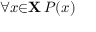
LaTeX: \forall { x } { \in } \mathbf { X } \, P ( x )